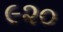
૯૨૦